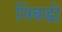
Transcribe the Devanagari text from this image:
निबद्धो